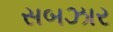
સબઝાર